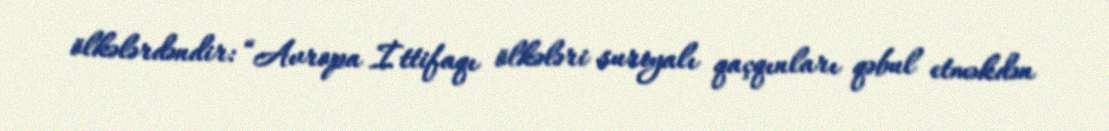
ölkələrdəndir: “Avropa İttifaqı ölkələri suriyalı qaçqınları qəbul etməkdən